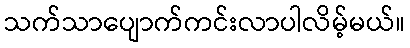
သက်သာပျောက်ကင်းလာပါလိမ့်မယ်။